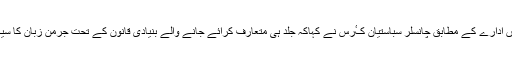
غیرملکی خبررساں ادارے کے مطابق چانسلر سباستیان کٴْرس نے کہاکہ جلد ہی متعارف کرائے جانے والے بنیادی قانون کے تحت جرمن زبان کا سیکھنا لازمی ہو گا۔